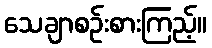
သေချာစဉ်းစားကြည့်။